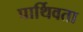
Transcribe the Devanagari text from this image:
पार्थिवता